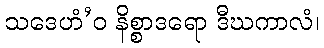
သဒေဟံ’ဝ နိစ္စာဒရော ဒီဃကာလံ၊